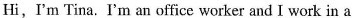
Hi,I'm Tina.I'm an office worker and I work in a